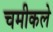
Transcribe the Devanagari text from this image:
चमीकले